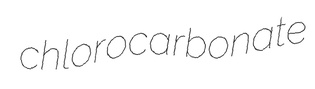
chlorocarbonate